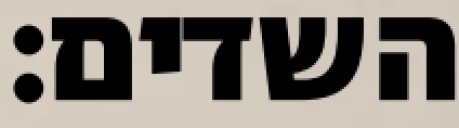
השדים: